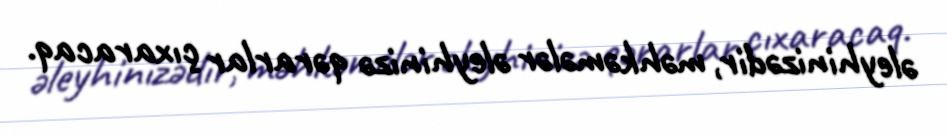
əleyhinizədir, məhkəmələr əleyhinizə qərarlar çıxaracaq.